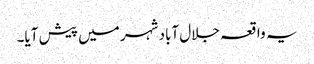
یہ واقعہ جلال آباد شہر میں پیش آیا۔